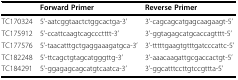
<table><thead><tr><td></td><td><b>Forward Primer</b></td><td><b>Reverse Primer</b></td></tr></thead><tbody><tr><td>TC170324</td><td>5&#x27;-aatcggtaactctggcactga-3&#x27;</td><td>3&#x27;-cagcagcatgagcaagaagt-5&#x27;</td></tr><tr><td>TC175912</td><td>5&#x27;-ccattcaagtcagccctttt-3&#x27;</td><td>3&#x27;-ggtagagcatgcaccagtttt-5&#x27;</td></tr><tr><td>TC177576</td><td>5&#x27;-taacatttgctgaggaaagatgca-3&#x27;</td><td>3&#x27;-tttttgaagtgtttgatcccattc-5&#x27;</td></tr><tr><td>TC182248</td><td>5&#x27;-ttcagctgtagcatgggttg-3&#x27;</td><td>3&#x27;-aaacaagattgcgaccactgt-5&#x27;</td></tr><tr><td>TC184291</td><td>5&#x27;-ggagagcagcatgtcaatca-3&#x27;</td><td>3&#x27;-ggcatttccttgtccgttta-5&#x27;</td></tr></tbody></table>